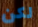
لكن